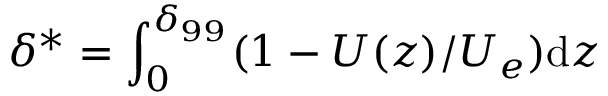
\delta ^ { * } = \int _ { 0 } ^ { \delta _ { 9 9 } } ( 1 - U ( z ) / U _ { e } ) \mathrm { d } z